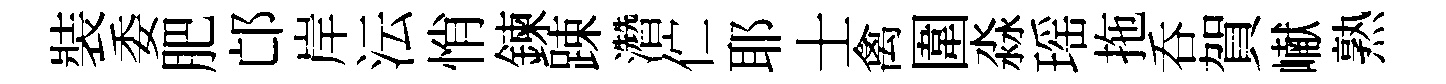
裝委肥邙岸沄悄鍊踈濳伫耶士禽圍淼瑶拖呑賀𪩘熟